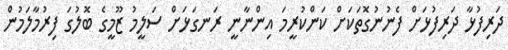
ދަރިފުޅާ ދަރިފުޅަށް ފެނުނުގޮތަކަށް ކަންކުރީމަ އިންނާނީ ރަނގަޅަށް ސަލީމު ޒޫމީގެ ބޮލުގަ ފިރުމާލަމުން